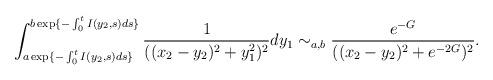
LaTeX: \begin{align*}\int_{a\exp\{-\int_0^tI(y_2,s)ds\}}^{b\exp\{-\int_0^tI(y_2,s)ds\}}\frac{1}{((x_2-y_2)^2+y_1^2)^2}dy_1\sim_{a,b}\frac{e^{-G}}{((x_2-y_2)^2+e^{-2G})^2}.\end{align*}